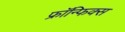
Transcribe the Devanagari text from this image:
फ्रॉन्फिक्स